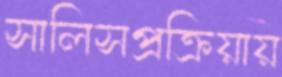
সালিসপ্রক্রিয়ায়